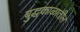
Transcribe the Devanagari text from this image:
बुद्धकाळातील